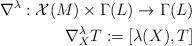
LaTeX: \begin{align*}\nabla^\lambda : \mathcal{X}(M)\times\Gamma(L)\rightarrow\Gamma(L)\\\nabla^\lambda_XT:=[\lambda(X),T]\end{align*}